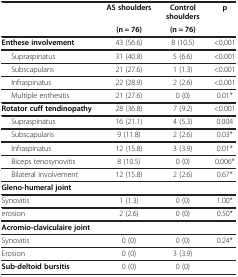
| <ROWSPAN=2>  | AS shoulders | Control shoulders | <ROWSPAN=2> p |
 | (n = 76) | (n = 76) |
 | --- | --- | --- | --- |
 | Enthese involvement | 43 (56.6) | 8 (10.5) | <0,001 |
 | Supraspinatus | 31 (40.8) | 5 (6.6) | <0.001 |
 | Subscapularis | 21 (27.6) | 1 (1.3) | <0.001 |
 | Infraspinatus | 22 (28.9) | 2 (2.6) | <0.001 |
 | Multiple enthesitis | 21 (27.6) | 0 (0) | 0.01* |
 | Rotator cuff tendinopathy | 28 (36.8) | 7 (9.2) | <0.001 |
 | Supraspinatus | 16 (21.1) | 4 (5.3) | 0.004 |
 | Subscapularis | 9 (11.8) | 2 (2.6) | 0.03* |
 | Infraspinatus | 12 (15.8) | 3 (3.9) | 0.01* |
 | Biceps tenosynovitis | 8 (10.5) | 0 (0) | 0.006* |
 | Bilateral involvement | 12 (15.8) | 2 (2.6) | 0.67* |
 | Gleno-humeral joint |  |  |  |
 | Synovitis | 1 (1.3) | 0 (0) | 1.00* |
 | erosion | 2 (2.6) | 0 (0) | 0.50* |
 | Acromio-claviculaire joint |  |  |  |
 | Synovitis | 0 (0) | 0 (0) | 0.24* |
 | Erosion | 0 (0) | 3 (3.9) |  |
 | Sub-deltoid bursitis | 0 (0) | 0 (0) |  |